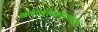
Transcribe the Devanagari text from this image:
खगोलशास्त्राभोवती